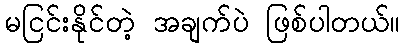
မငြင်းနိုင်တဲ့ အချက်ပဲ ဖြစ်ပါတယ်။